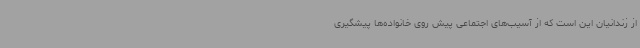
از زندانیان این است که از آسیب‌های اجتماعی پیش روی خانواده‌ها پیشگیری